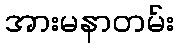
အားမနာတမ်း